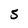
Character: 5